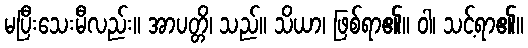
မပြီးသေးမီလည်း။ အာပတ္တိ၊ သည်။ သိယာ၊ ဖြစ်ရာ၏။ ဝါ၊ သင့်ရာ၏။